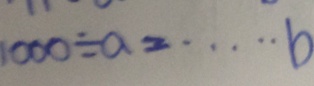
1 0 0 0 \div a = \cdots b